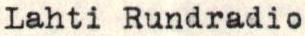
Lahti Rundradio